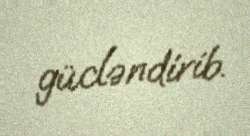
gücləndirib.